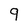
Character: 9